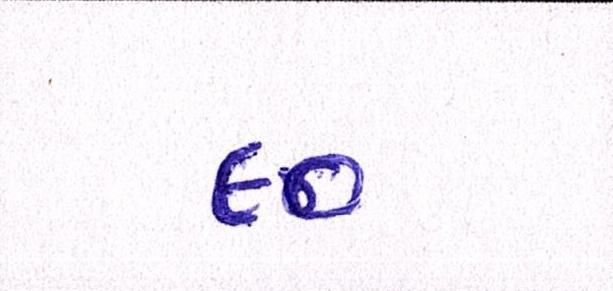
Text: ૯૦